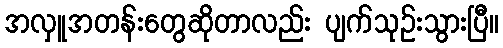
အလှူအတန်းတွေဆိုတာလည်း ပျက်သုဥ်းသွားပြီ။